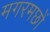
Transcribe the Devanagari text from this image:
मगरमछों